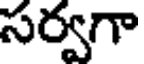
సర్వగా